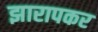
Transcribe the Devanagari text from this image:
झारापकर